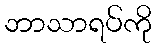
ဘာသာရပ်ကို